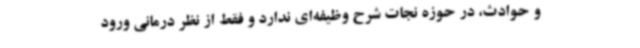
و حوادث، در حوزه نجات شرح وظیفه‌ای ندارد و فقط از نظر درمانی ورود